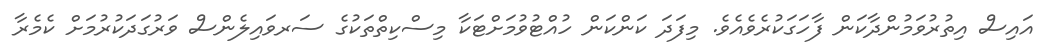
އައިސް އިތުރުވަމުންދާކަން ފާހަގަކުރެވެއެވެ. މިފަދަ ކަންކަން ހުއްޓުވުމަށްޓަކާ މިސްކިތްތަކުގެ ސަރވައިލެންސް ވަރުގަދަކުރުމަށް ކެމެރާ